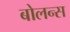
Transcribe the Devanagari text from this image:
बोलन्स